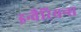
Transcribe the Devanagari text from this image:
इन्वैरियन्स